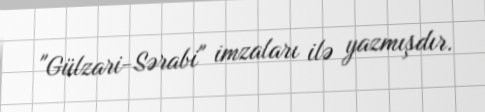
"Gülzari-Sərabi" imzaları ilə yazmışdır.